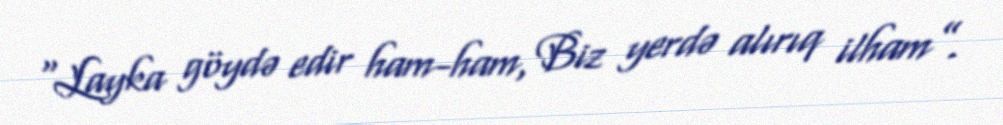
“Layka göydə edir ham-ham, Biz yerdə alırıq ilham”.